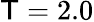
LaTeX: \mathsf{T}=2.0